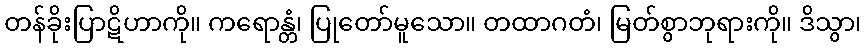
တန်ခိုးပြာဋိဟာကို။ ကရောန္တံ၊ ပြုတော်မူသော။ တထာဂတံ၊ မြတ်စွာဘုရားကို။ ဒိသွာ၊